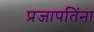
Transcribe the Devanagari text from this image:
प्रजापतिंना